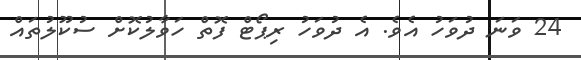
24 ވަނަ ދުވަހު އެވެ. އެ ދުވަހު ރިޕޯޓް ފޮތް ހަވާލުކޮށް ސުކޫލުތައް